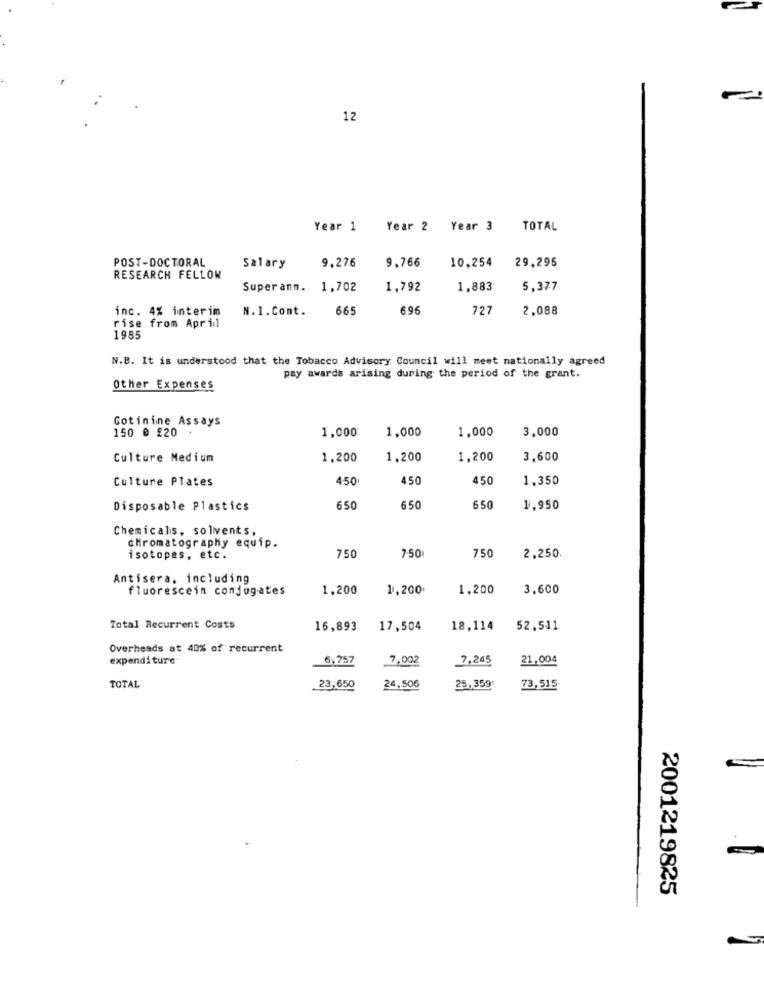
12
Year 1 Year 2 Year 3 TOTAL
POST-DOCTORAL
9.766
10,254
29,295
Salary
9,276
RESEARCH FELLOW
Superann. 1,702
1,792
1,883
5,377
inc. 4% interim
N.1.Cont.
665
696
727
2,088
rise from April
1985
N.B. It is understood that the Tobacco Advisory Council will meet nationally agreed
pay awards arising during the period of the grant.
Other Expenses
Cotininne Assays
150 @ £20 .
1,000
1.000
1,000
3,000
Culture Medium
1.200
1,200
1,200
3,600
Culture Plates
450
450
450
1,350
Disposable Plastics
650
650
650
1.950
Chemicalis, solivents,
chromatography equip.
isotopes, etc.
750
7.50
750
2,250.
Antisera, including
fluorescein conjugates
1,200
1,200
1,200
3,600
Total Recurrent Costs
16,893
17,504
18,114
52,511
Overheads at 40% of recurrent
expenditure
6.757
7,002
7,245
21,004
TOTAL
23,650
24,506
25,359:
73,515
2001219825